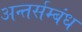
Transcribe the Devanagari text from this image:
अन्तर्सम्बंध